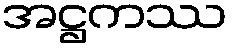
အဋ္ဌကဿ